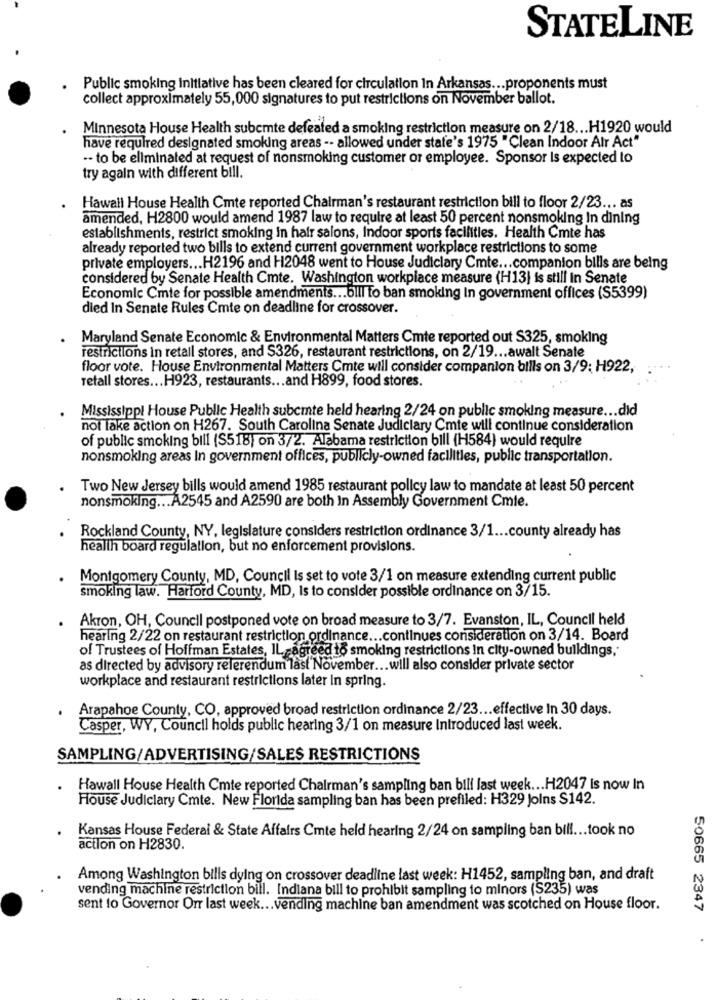
STATELINE
Public smoking Initiative has been cleared for circulation In Arkansas ... proponents must
collect approximately 55,000 signatures to put restrictions on November ballot.
Minnesota House Health subcmte defeated a smoking restriction measure on 2/18 ... H1920 would
have required designated smoking areas -- allowed under state's 1975 "Clean Indoor Air Act"
.- to be eliminated at request of nonsmoking customer or employee. Sponsor Is expected to
try again with different bill.
Hawall House Health Cmte reported Chairman's restaurant restriction bill to floor 2/23 ... as
amended, H2800 would amend 1987 law to require at least 50 percent nonsmoking In dining
establishments, restrict smoking in hair salons, Indoor sports facilities. Health Cmte has
already reported two bills to extend current government workplace restrictions to some
private employers ... H2196 and H2048 went to House Judiciary Cmte ... companion bills are being
considered by Senate Health Cmte. Washington workplace measure (H13) is still In Senate
Economic Cmte for possible amendments ... bill to ban smoking In government offices (S5399)
died In Senate Rules Cmte on deadline for crossover.
Maryland Senate Economic & Environmental Matters Cmte reported out S325, smoking
restrictions in retail stores, and $326, restaurant restrictions, on 2/19 ... awalt Senate
floor vote. House Environmental Matters Cmte will consider companion bills on 3/9: H922,
Tetall stores ... H923, restaurants ... and H899, food stores.
Mississippi House Public Health subcmte held hearing 2/24 on public smoking measure ... did
not lake action on H267. South Carolina Senate Judiciary Cmte will continue consideration
of public smoking bill (S518) on 3/2. Alabama restriction bill (H584) would require
nonsmoking areas In government offices, publicly-owned facilities, public transportation.
Two New Jersey bills would amend 1985 restaurant pollcy law to mandate at least 50 percent
nonsmoking ... A2545 and A2590 are both In Assembly Government Cmle.
Rockland County, NY, legislature considers restriction ordinance 3/1 ... county already has
health board regulation, but no enforcement provisions.
Montgomery County, MD, Council Is set to vote 3/1 on measure extending current public
smoking law. Harford County, MD, Is to consider possible ordinance on 3/15.
Akron, OH, Council postponed vote on broad measure to 3/7. Evanston, IL, Council held
hearing 2/22 on restaurant restriction ordinance ... continues consideration on 3/14. Board
of Trustees of Hoffman Estates, IL agreed to smoking restrictions In city-owned buildings,
as directed by advisory referendum last November ... will also consider private sector
workplace and restaurant restrictions later In spring.
Arapahoe County, CO, approved broad restriction ordinance 2/23 ... effective In 30 days.
Casper, WY, Council holds public hearing 3/1 on measure Introduced last week.
SAMPLING/ADVERTISING/SALES RESTRICTIONS
Hawall House Health Cmte reported Chairman's sampling ban bili last week ... H2047 is now In
House Judiciary Cmte. New Florida sampling ban has been prefiled: H329 Joins S142.
Kansas House Federal & State Affairs Cmte held hearing 2/24 on sampling ban bill ... took no
action on H2830.
Among Washington bills dying on crossover deadline last week: H1452, sampling ban, and draft
vending machine restriction bill. Indiana bill to prohibit sampling to minors (S235) was
sent to Governor Orr last week ... vending machine ban amendment was scotched on House floor.
50665 2347
.